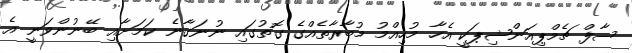
ސާފް ޗެމްޕިއަންޝިޕަކީ އެހާ މުހިއްމު މުބާރާތެއްގެ ގޮތުގައި ނުނަގާނެ ކަމަށާއި ބޭނުންވަނީ އެ